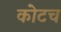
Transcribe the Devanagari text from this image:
कोटच